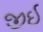
જીઇ